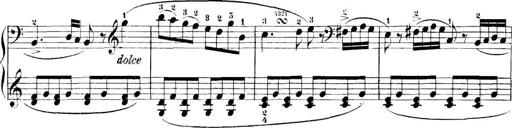
Title: 11 Sonatinas
Composer: Anton Diabelli